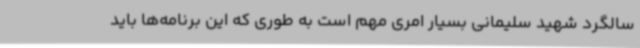
سالگرد شهید سلیمانی بسیار امری مهم است به طوری که این برنامه‌ها باید